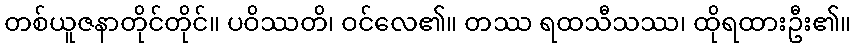
တစ်ယူဇနာတိုင်တိုင်။ ပဝိဿတိ၊ ဝင်လေ၏။ တဿ ရထသီသဿ၊ ထိုရထားဦး၏။